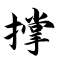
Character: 撑